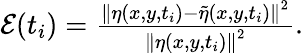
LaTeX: \begin{array}{r}{\mathcal{E}(t_{i})=\frac{{\lVert\eta(x,y,t_{i})-\tilde{\eta}(x,y,t_{i})\rVert}^{2}}{{\lVert\eta(x,y,t_{i})\rVert}^{2}}.}\end{array}